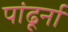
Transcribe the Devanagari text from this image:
पांढूर्ना